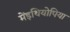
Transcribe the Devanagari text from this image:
मेंइथियोपिया